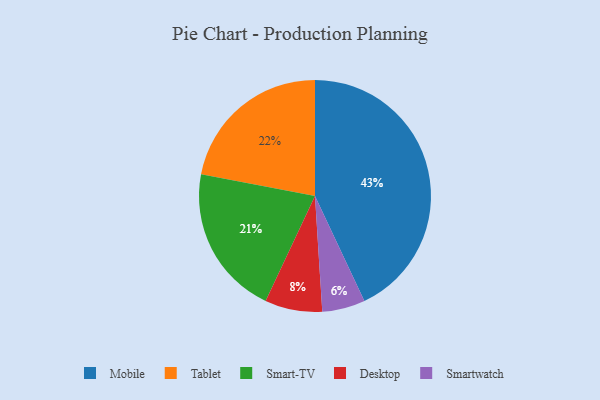
{"axis": {"x": "Category", "y": "Percentage"}, "legend": ["Desktop", "Mobile", "Smart-TV", "Smartwatch", "Tablet"], "data": [{"x": "Tablet", "y": 22, "type": "Tablet"}, {"x": "Smartwatch", "y": 6, "type": "Smartwatch"}, {"x": "Desktop", "y": 8, "type": "Desktop"}, {"x": "Mobile", "y": 43, "type": "Mobile"}, {"x": "Smart-TV", "y": 21, "type": "Smart-TV"}]}